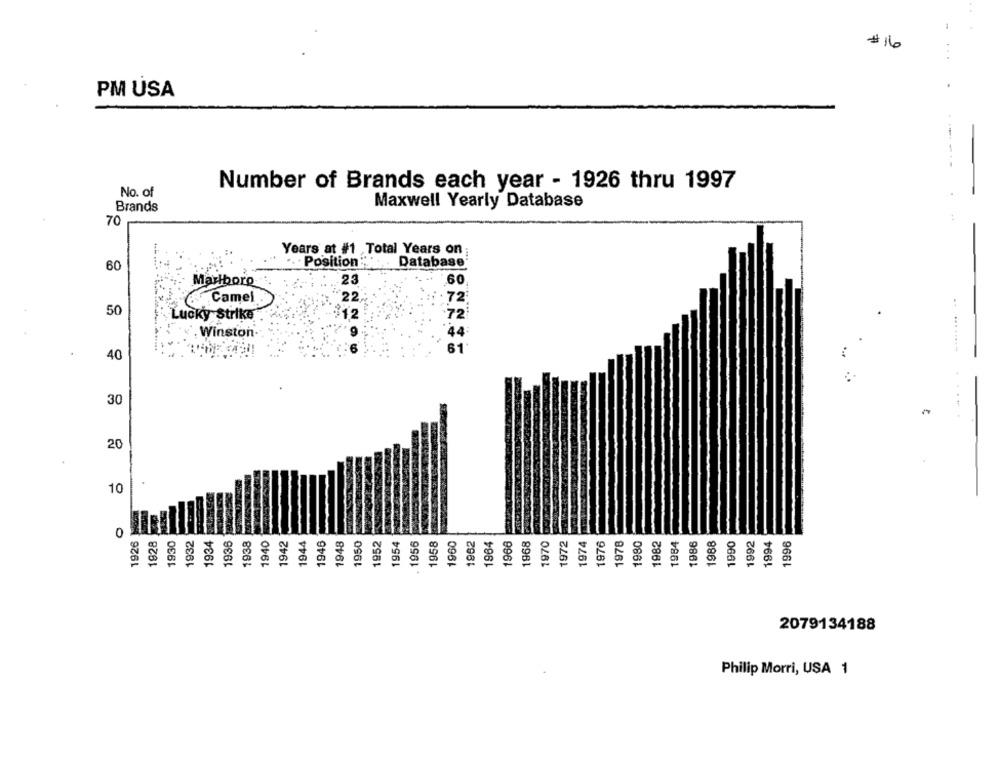
. .
...
# 16
PM USA
-.
Number of Brands each year - 1926 thru 1997
No. of
Maxwell Yearly Database
Brands
70
Years at #1 ,Total Years on;
Position
Database
60
23
60
Marlboro
Camel
50
Lucky Strike
Winston
40
30
20
10
1926
1932
1938
1940
1942
1944
1948
1950
1952
1956
1962
1968
1970
1982
1984
1992
1994
1828
1930
1934
1946
1954
1958
960
1964
1966
1972
1974
1976
1980
1986
1988
1990
1996
2079134188
Philip Morri, USA 1